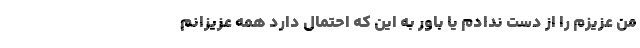
من عزیزم را از دست ندادم یا باور به این که احتمال دارد همه عزیزانم